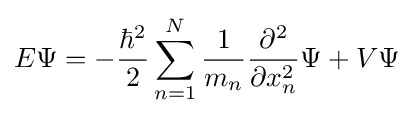
E\Psi =-{\frac {\hbar ^{2}}{2}}\sum _{n=1}^{N}{\frac {1}{m_{n}}}{\frac {\partial ^{2}}{\partial x_{n}^{2}}}\Psi +V\Psi